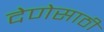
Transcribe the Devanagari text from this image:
देणेसाठी